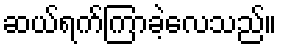
ဆယ်ရက်ကြာခဲ့လေသည်။